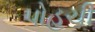
પોહચી